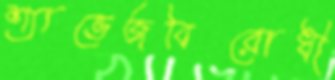
শ্যাভেজবিরোধী